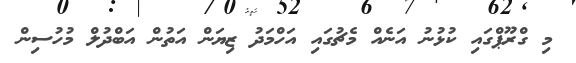
މި ގްރޫޕްގައި ކުޅުނު އަނެއް މެޗުގައި އަހްމަދު ޒިޔަން އަތުން އަބްދުލް މުހުސިން